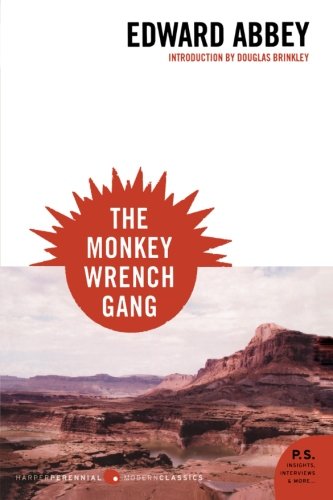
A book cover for The Monkey Wrench Gang (P.S.); Edward Abbey; Literature & Fiction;